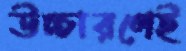
উচ্চারণেই